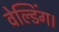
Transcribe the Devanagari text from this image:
वेल्डिंग।